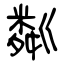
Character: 粼